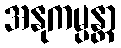
အနုကမ္ပန္တာ